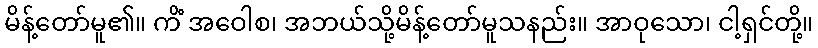
မိန့်တော်မူ၏။ ကိံ အဝေါစ၊ အဘယ်သို့မိန့်တော်မူသနည်း။ အာဝုသော၊ ငါ့ရှင်တို့။